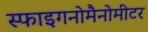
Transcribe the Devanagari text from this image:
स्फाइगनोमैनोमीटर